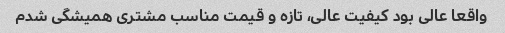
واقعا عالی بود کیفیت عالی، تازه و قیمت مناسب مشتری همیشگی شدم